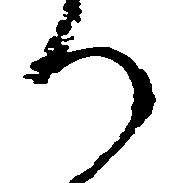
か